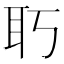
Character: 𦔲